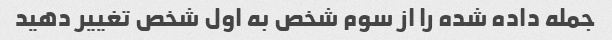
جمله داده شده را از سوم شخص به اول شخص تغییر دهید